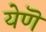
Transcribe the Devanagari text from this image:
येणॆ